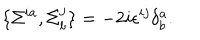
LaTeX: \{ \Sigma ^ { i a } , \Sigma _ { b } ^ { j } \} = - 2 i \epsilon ^ { i j } \delta _ { b } ^ { a } .